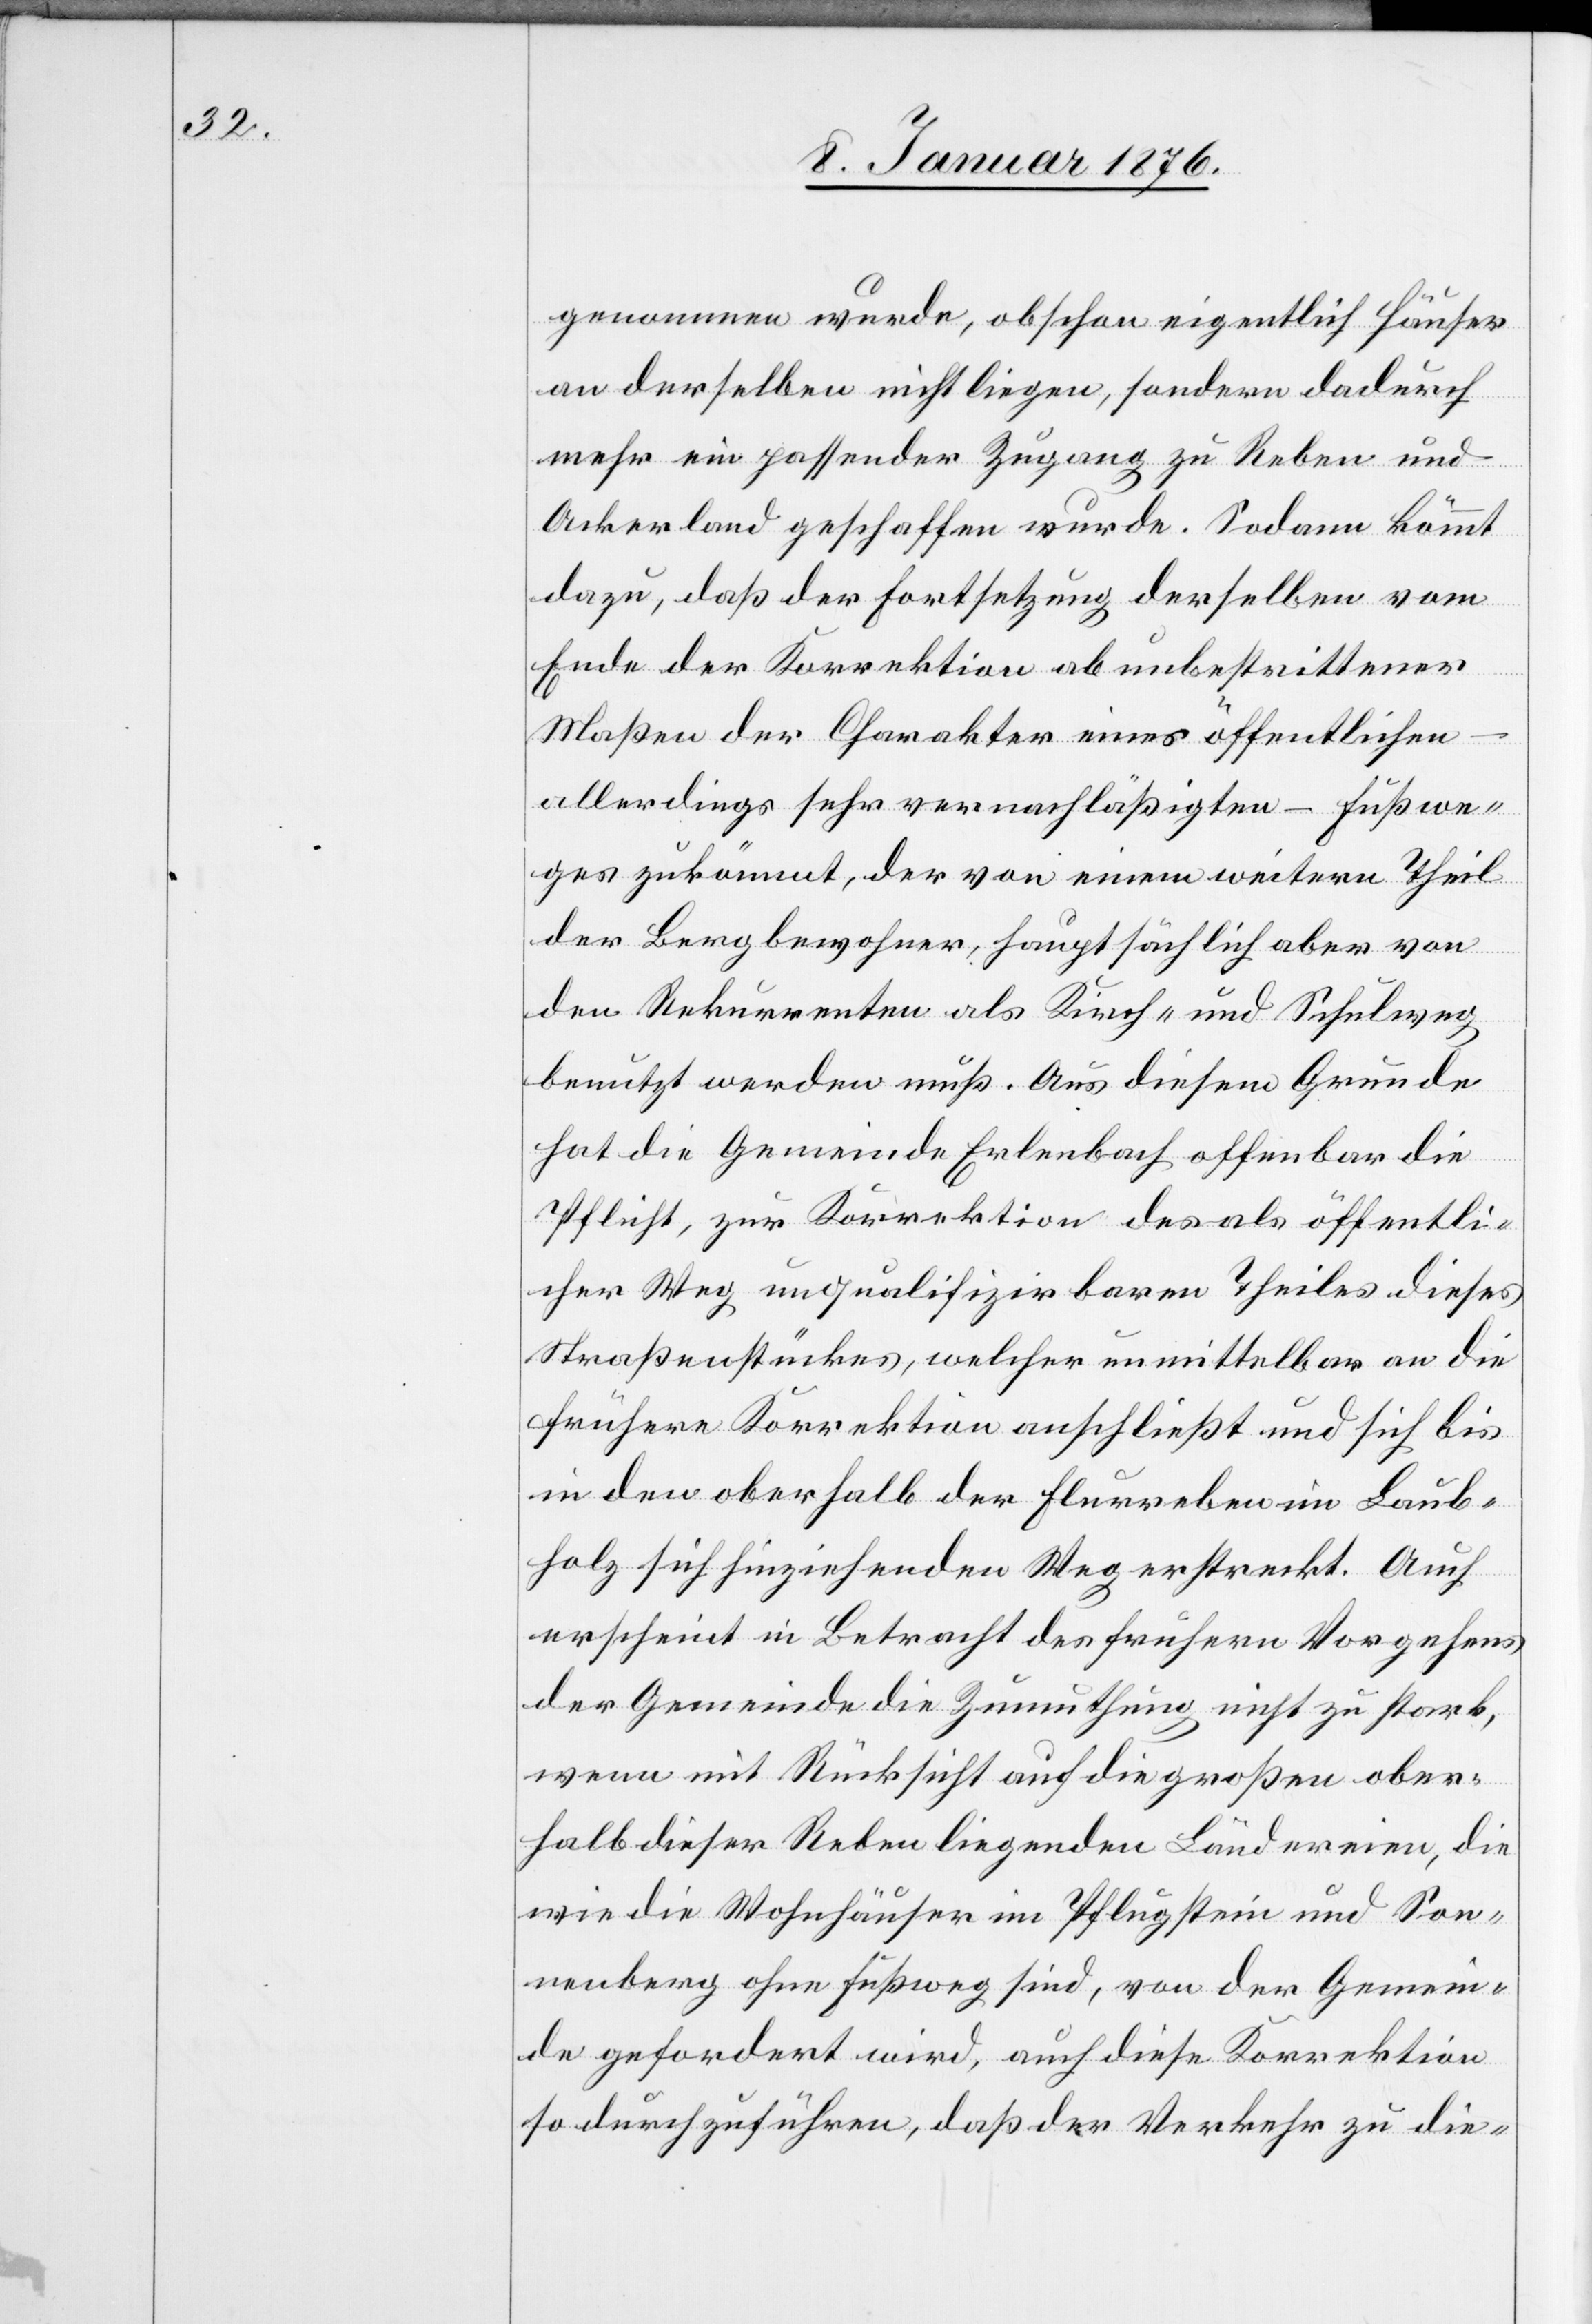
genommen wurde, obschon eigentlich Häuser
an derselben nicht liegen, sondern dadurch
mehr ein passender Zugang zu Reben und
Ackerland geschaffen wurde. Sodann kömmt
dazu, daß der Fortsetzung derselben vom
Ende der Korrektion ab unbestrittener
Maßen der Charakter eines öffentlichen
allerdings sehr vernachläßigten – Fußwe¬
ges zukömmt, der von einem weitern Theil
der Bergbewohner, hauptsächlich aber von
den Rekurrenten als Kirch- und Schulweg
benutzt werden muß. Aus diesem Grunde
hat die Gemeinde Erlenbach offenbar die
Pflicht, zur Korrektion des als öffentli¬
cher Weg unqualifizirbaren Theiles dieses
Straßenstückes, welcher unmittelbar an die
frühere Korrektion anschließt und sich bis
in den oberhalb der Flurreben im Laub¬
holz sich hinziehenden Weg erstreckt. Auch
erscheint in Betracht des frühern Vorgehens
der Gemeinde die Zumuthung nicht zu stark,
wenn mit Rücksicht auf die großen ober¬
halb dieser Reben liegenden Ländereien, die
wie die Wohnhäuser im Pflugstein und Son¬
nenberg ohne Fußweg sind, von der Gemein¬
de gefordert wird, auch diese Korrektion
so durchzuführen, daß der Verkehr zu die-